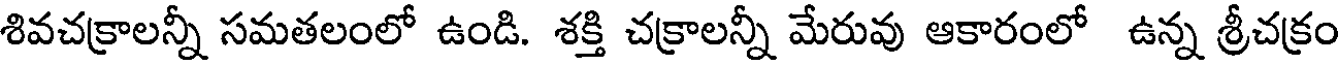
శివచక్రాలన్నీ సమతలంలో ఉండి. శక్తి చక్రాలన్నీ మేరువు ఆకారంలో ఉన్న శ్రీచక్రం